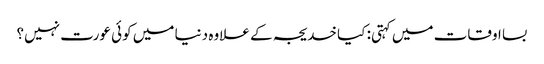
بسا اوقات میں کہتی: کیا خدیجہ کے علاوہ دنیا میں کوئی عورت نہیں؟